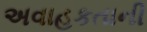
અવાહકતાની